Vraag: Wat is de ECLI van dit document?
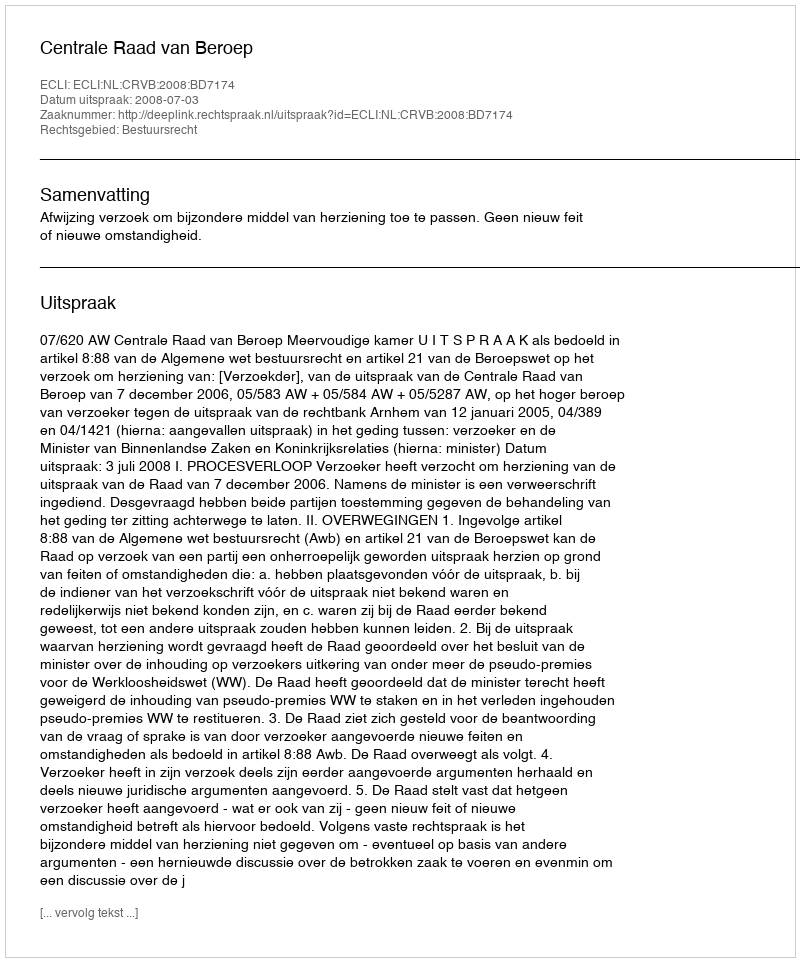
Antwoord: ECLI:NL:CRVB:2008:BD7174